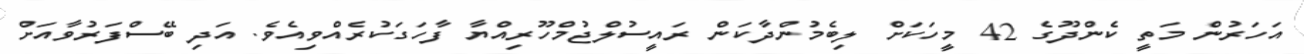
އަހަރުން މަތީ ކެންދޫގެ 42 މީހަކަށް ލިބެމުންދާކަން ރައީސުލްޖުމްހޫރިއްޔާ ފާހަގަކުރެއްވިއެވެ. އަދި ބޭސްފަރުވާއަށް